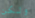
ولكن